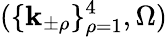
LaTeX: (\{ \mathbf{k}_{\pm\rho}\} _{\rho=1}^{4},\Omega)